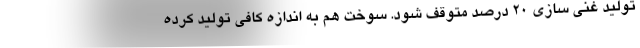
تولید غنی سازی ۲۰ درصد متوقف شود. سوخت هم به اندازه کافی تولید کرده